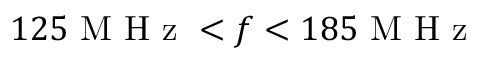
1 2 5 \mathrm { ~ M ~ H ~ z ~ } < f < 1 8 5 \mathrm { ~ M ~ H ~ z ~ }